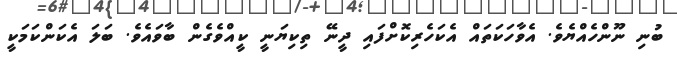
ބުނި ނޫންހެއްޔެވެ. އެވާހަކަތައް އެކަހެރިކޮށްފައި ދީނޭ ތިކިޔަނީ ކީއްވެގެން ބާވައެވެ. ބަލަ އެކަންކަމަކީ